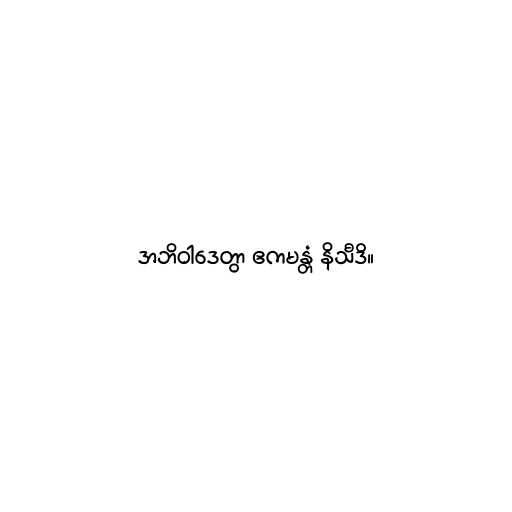
အဘိဝါဒေတွာ ဧကမန္တံ နိသီဒိ။